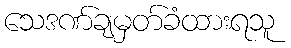
သေဒဏ်ချမှတ်ခံထားရသူ